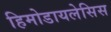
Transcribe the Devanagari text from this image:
हिमोडायलेसिस